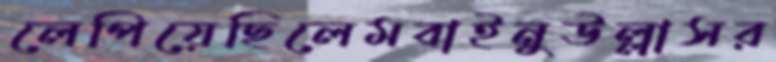
লেপিয়েছিলেমবাইনুউল্লাসর